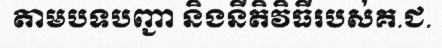
តាមបទបញ្ជា និងនីតិវិធីរបស់គ.ជ.